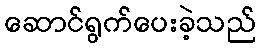
ဆောင်ရွက်ပေးခဲ့သည်